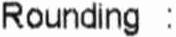
ROUNDING :